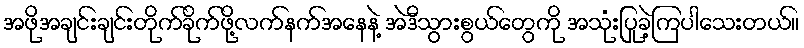
အဖိုအချင်းချင်းတိုက်ခိုက်ဖို့လက်နက်အနေနဲ့ အဲဒီသွားစွယ်တွေကို အသုံးပြုခဲ့ကြပါသေးတယ်။